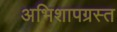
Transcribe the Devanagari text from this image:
अभिशापग्रस्त